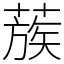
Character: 蔟